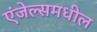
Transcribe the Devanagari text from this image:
एंजेल्समधील